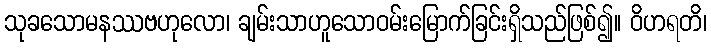
သုခသောမနဿဗဟုလော၊ ချမ်းသာဟူသောဝမ်းမြောက်ခြင်းရှိသည်ဖြစ်၍။ ဝိဟရတိ၊